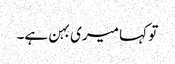
تو کہا میری بہن ہے۔